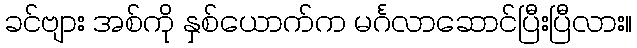
ခင်ဗျား အစ်ကို နှစ်ယောက်က မင်္ဂလာဆောင်ပြီးပြီလား။